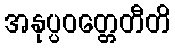
အနုပ္ပဝတ္တေတီတိ